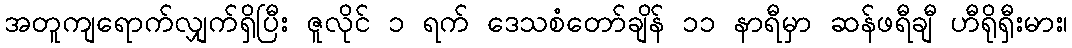
အတူကျရောက်လျှက်ရှိပြီး ဇူလိုင် ၁ ရက် ဒေသစံတော်ချိန် ၁၁ နာရီမှာ ဆန်ဖရီချီ ဟီရိုရှီးမား၊